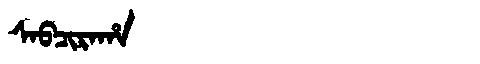
Manchu: ᠰᠠᠪᠴᡳᡵᠠᡥᠠ
Romanization: SABCIRAHA